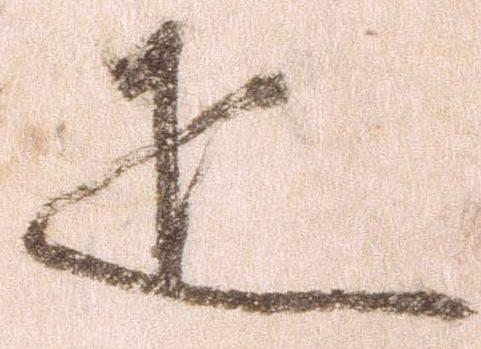
疋